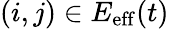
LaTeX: (i,j)\in E_{\mathrm{eff}}(t)